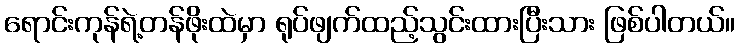
ရောင်းကုန်ရဲ့တန်ဖိုးထဲမှာ ရုပ်ဖျက်ထည့်သွင်းထားပြီးသား ဖြစ်ပါတယ်။